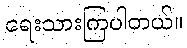
ရေးသားကြပါတယ်။